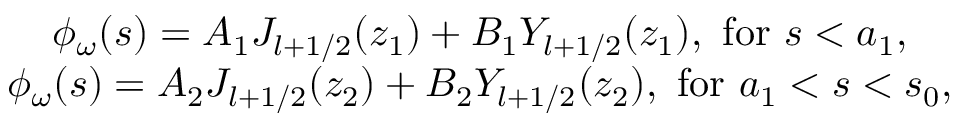
\begin{array} { c } { { \phi _ { \omega } ( s ) = A _ { 1 } { \cal J } _ { l + 1 / 2 } ( z _ { 1 } ) + B _ { 1 } { \cal Y } _ { l + 1 / 2 } ( z _ { 1 } ) , \mathrm { \ f o r \ } s < a _ { 1 } , } } \\ { { \phi _ { \omega } ( s ) = A _ { 2 } { \cal J } _ { l + 1 / 2 } ( z _ { 2 } ) + B _ { 2 } { \cal Y } _ { l + 1 / 2 } ( z _ { 2 } ) , \mathrm { \ f o r \ } a _ { 1 } < s < s _ { 0 } , } } \end{array}